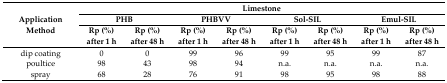
| <ROWSPAN=3> Application Method | <COLSPAN=8> Limestone |
 | <COLSPAN=2> PHB | <COLSPAN=2> PHBVV | <COLSPAN=2> Sol-SIL | <COLSPAN=2> Emul-SIL |
 | Rp (%) after 1 h | Rp (%) after 48 h | Rp (%) after 1 h | Rp (%) after 48 h | Rp (%) after 1 h | Rp (%) after 48 h | Rp (%) after 1 h | Rp (%) after 48 h |
 | --- | --- | --- | --- | --- | --- | --- | --- | --- |
 | dip coating | 0 | 0 | 99 | 96 | 99 | 95 | 99 | 87 |
 | poultice | 98 | 43 | 98 | 94 | n.a. | n.a. | n.a. | n.a. |
 | spray | 68 | 28 | 76 | 91 | 98 | 95 | 98 | 88 |